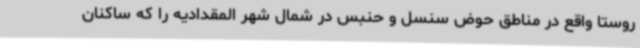
روستا واقع در مناطق حوض سنسل و حنبس در شمال شهر المقدادیه را که ساکنان